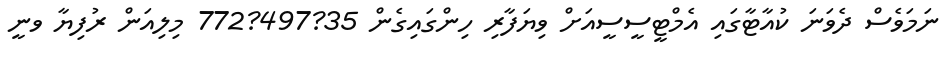
ނަމަވެސް ދެވަނަ ކުއާޓާގައި އެމްޓީސީސީއަށް ވިޔަފާރި ހިންގައިގެން 35?497?772 މިލިއަން ރުފިޔާ ވނީ